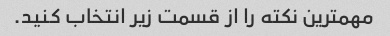
مهمترین نکته را از قسمت زیر انتخاب کنید.